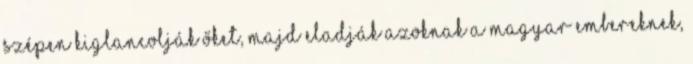
Szépen kiglancolják őket, majd eladják azoknak a magyar embereknek,